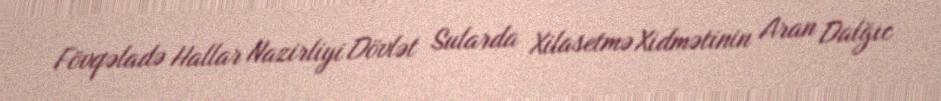
Fövqəladə Hallar Nazirliyi Dövlət Sularda Xilasetmə Xidmətinin Aran Dalğıc